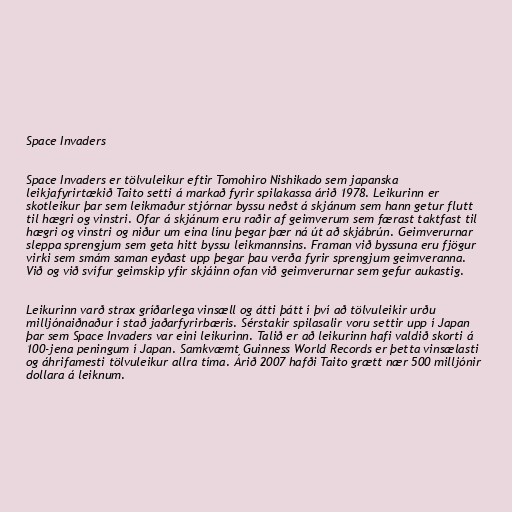
Space Invaders

Space Invaders er tölvuleikur eftir Tomohiro Nishikado sem japanska
leikjafyrirtækið Taito setti á markað fyrir spilakassa árið 1978. Leikurinn er
skotleikur þar sem leikmaður stjórnar byssu neðst á skjánum sem hann getur flutt
til hægri og vinstri. Ofar á skjánum eru raðir af geimverum sem færast taktfast til
hægri og vinstri og niður um eina línu þegar þær ná út að skjábrún. Geimverurnar
sleppa sprengjum sem geta hitt byssu leikmannsins. Framan við byssuna eru fjögur
virki sem smám saman eyðast upp þegar þau verða fyrir sprengjum geimveranna.
Við og við svífur geimskip yfir skjáinn ofan við geimverurnar sem gefur aukastig.

Leikurinn varð strax gríðarlega vinsæll og átti þátt í því að tölvuleikir urðu
milljónaiðnaður í stað jaðarfyrirbæris. Sérstakir spilasalir voru settir upp í Japan
þar sem Space Invaders var eini leikurinn. Talið er að leikurinn hafi valdið skorti á
100-jena peningum í Japan. Samkvæmt Guinness World Records er þetta vinsælasti
og áhrifamesti tölvuleikur allra tíma. Árið 2007 hafði Taito grætt nær 500 milljónir
dollara á leiknum.